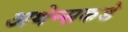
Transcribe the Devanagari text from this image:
अथेन्सकडे